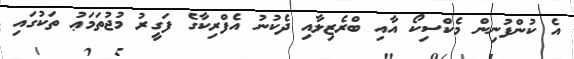
އެ ކުންފުނިން މެކްސިކޯ އާއި ބްރެޒިލާއި ދެކުނު އެފްރިކާގެ ފަގީރު މުޖުތަމަޢު ތަކުގައި